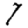
Digit: 7